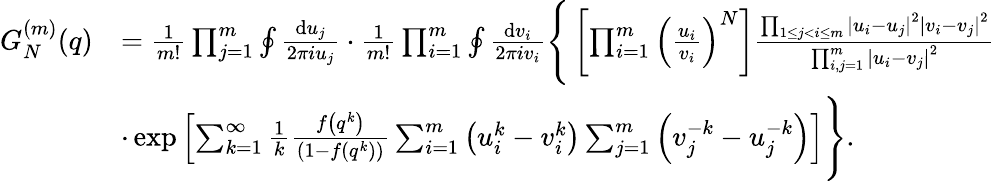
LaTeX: \begin{array}{rl}{G_{N}^{(m)}(q)}&{=\frac{1}{m!}\prod_{j=1}^{m}\oint\frac{{\mathrm{d}}u_{j}}{2\pi iu_{j}}\cdot\frac{1}{m!}\prod_{i=1}^{m}\oint\frac{{\mathrm{d}}v_{i}}{2\pi iv_{i}}\Bigg\{ \left[\prod_{i=1}^{m}\left(\frac{u_{i}}{v_{i}}\right)^{N}\right]\frac{\prod_{1\leq j<i\leq m}\left|u_{i}-u_{j}\right|^{2}\left|v_{i}-v_{j}\right|^{2}}{\prod_{i,j=1}^{m}\left|u_{i}-v_{j}\right|^{2}}}\\ &{\cdot\exp\left[\sum_{k=1}^{\infty}\frac{1}{k}\frac{f\left(q^{k}\right)}{\left(1-f\left(q^{k}\right)\right)}\sum_{i=1}^{m}\left(u_{i}^{k}-v_{i}^{k}\right)\sum_{j=1}^{m}\left(v_{j}^{-k}-u_{j}^{-k}\right)\right]\Bigg\} .}\end{array}